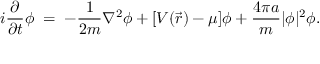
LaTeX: i { \frac { \partial } { \partial t } } \phi \; = \; - { \frac { 1 } { 2 m } } \nabla ^ { 2 } \phi + [ V ( \vec { r } ) - \mu ] \phi + { \frac { 4 \pi a } { m } } | \phi | ^ { 2 } \phi .